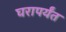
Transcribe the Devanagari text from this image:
घरापर्यंत